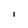
Character: l